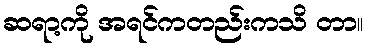
ဆရာ့ကို အရင်ကတည်းကသိ တာ။